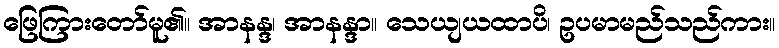
ဖြေကြားတော်မူ၏။ အာနန္ဒ၊ အာနန္ဒာ။ သေယျယထာပိ၊ ဥပမာမည်သည်ကား။